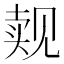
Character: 觌